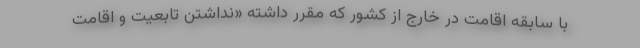
با سابقه اقامت در خارج از کشور که مقرر داشته «نداشتن تابعیت و اقامت